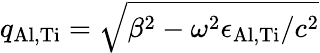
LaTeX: q_{\mathrm{Al,Ti}}=\sqrt{\beta^{2}-\omega^{2}\epsilon_{\mathrm{Al,Ti}}/c^{2}}